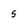
Character: s